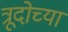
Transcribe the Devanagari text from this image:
त्रूदोच्या